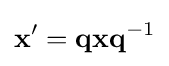
\mathbf {x'} =\mathbf {qxq} ^{-1}